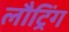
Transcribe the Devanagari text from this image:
लौट्रिंग